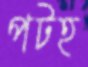
পটহ